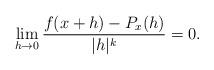
LaTeX: \begin{align*}\lim_{h\to 0}\frac{f(x+h)-P_x(h)}{|h|^k}=0.\end{align*}